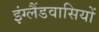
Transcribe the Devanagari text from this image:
इंग्लैंडवासियों